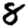
Digit: 8